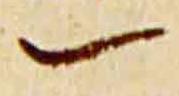
一